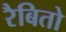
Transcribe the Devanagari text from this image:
रैबितो